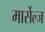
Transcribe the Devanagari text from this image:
मार्सेल्ज